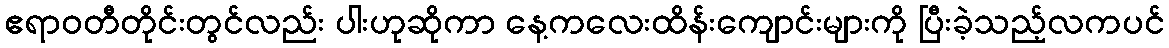
ဧရာဝတီတိုင်းတွင်လည်း ပါးဟုဆိုကာ နေ့ကလေးထိန်းကျောင်းများကို ပြီးခဲ့သည့်လကပင်